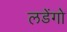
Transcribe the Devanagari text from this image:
लडेंगो